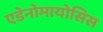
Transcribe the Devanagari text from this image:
एडेनोमायोसिस